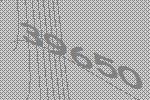
39650